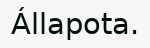
Állapota.